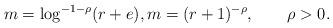
LaTeX: \begin{align*} m = \log^{-1-\rho}(r + e), m = (r + 1)^{-\rho}, \qquad\rho>0.\end{align*}